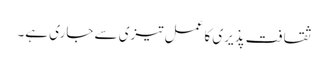
ثقافت پذیری کا عمل تیزی سے جاری ہے۔